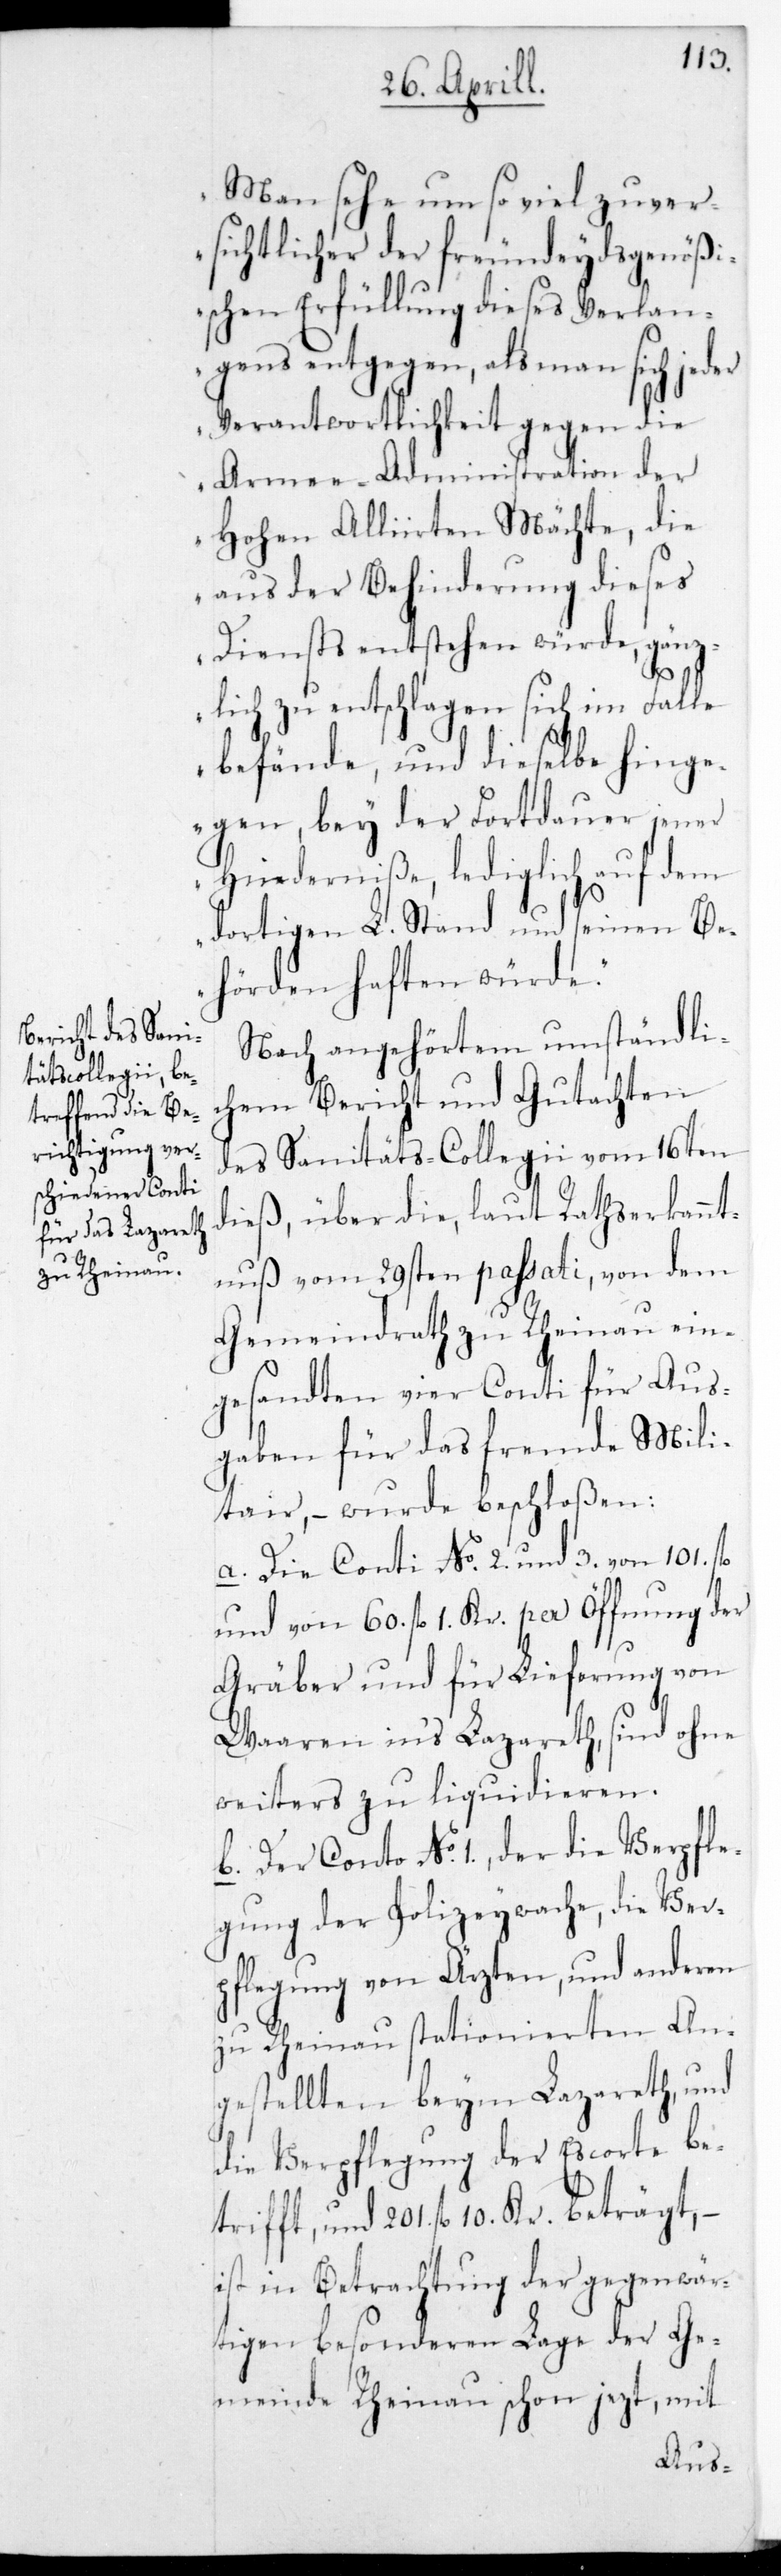
Man sehe um so viel zuver¬
sichtlicher der freundeydsgenößi¬
schen Erfüllung dieses Verlan¬
gens entgegen, als man sich jeder
Verantwortlichkeit gegen die
Armee-Administration der
Hohen Alliirten Mächte, die
aus der Behinderung dieses
Diensts entstehen würde, gänz¬
lich zu entschlagen sich im Falle
befände, und dieselbe hinge¬
gen bey der Fortdauer jener
Hinderniße, lediglich auf dem
dortigen L. Stand und seinen Be¬
hörden haften würde.“
Nach angehörtem umständli¬
chen Bericht und Gutachten
des Sanitäts-Collegii vom 16ten
dieß, über die, laut Rathserkannt¬
nuß vom 29sten passati, von dem
Gemeindrath zu Rheinau ein¬
gesandten vier Conti für Aus¬
gaben für das fremde Mili¬
tair, – wurde beschloßen:
a. Die Conti No. 2. und 3. von 101. fl.
und von 60. fl. 1. Kr. per Öffnung der
Gräber und für Lieferung von
Waren ins Lazareth, sind ohne
weiters zu liquidieren.
b. Der Conto No. 1., der die Verpfle¬
gung der Polizeywache, die Ver¬
pflegung von Ärzten und anderen
zu Rheinau stationierten An¬
gestellten beym Lazareth, und
die Verpflegung der Escorte be¬
trifft, und 201. fl. 10. Kr.
ist in Betrachtung der gegenwär¬
tigen besonderen Lage der Ge¬
meinde Rheinau schon jetzt, mit